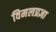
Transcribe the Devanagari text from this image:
विमलप्रज्ञा